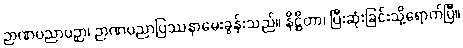
ဉာဏပညာပဉှာ၊ ဉာဏပညာပြဿနာမေးခွန်းသည်။ နိဋ္ဌိတာ၊ ပြီးဆုံးခြင်းသို့ရောက်ပြီ။